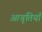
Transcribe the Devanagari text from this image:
आवृतियाँ